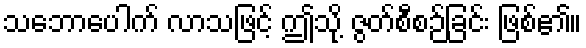
သဘောပေါက် လာသဖြင့် ဤသို့ ဇွတ်စီစဉ်ခြင်း ဖြစ်၏။